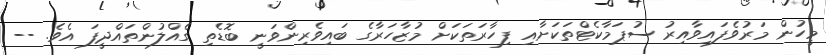
މީހުން މަރުވެފައިވާއިރު ސުޕަމާކެޓްތަކަށާއި ފިހާރަތަކަށް މުޒާހަރާގެ ބައިވެރިންވަނީ ބޮޑެތި ގެއްލުންތައްދީފަ އެވެ. --